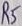
Text: R5